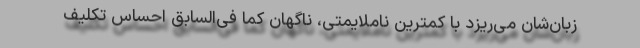
زبان‌شان می‌ریزد با کمترین ناملایمتی، ناگهان کما فی‌السابق احساس تکلیف